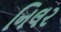
નિલર